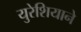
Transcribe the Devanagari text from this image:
युरेशियाने